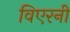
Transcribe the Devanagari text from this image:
विएरनी